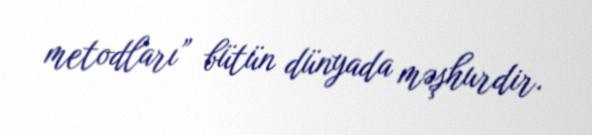
metodları” bütün dünyada məşhurdir.